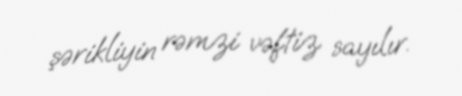
şərikliyin rəmzi vəftiz sayılır.